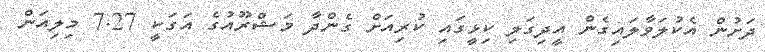
ދަށުން އެކުލަވާލައިގެން އީދިގަލި ކިޅީގައި ކުރިއަށް ގެންދާ މަޝްރޫއުގެ އަގަކީ 7.27 މިލިއަން